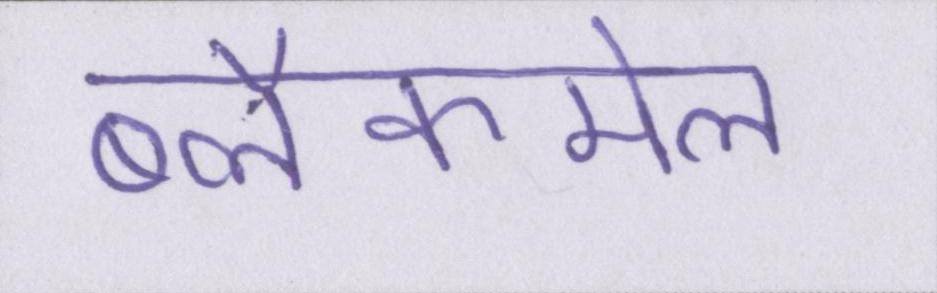
ब्लैकमेल